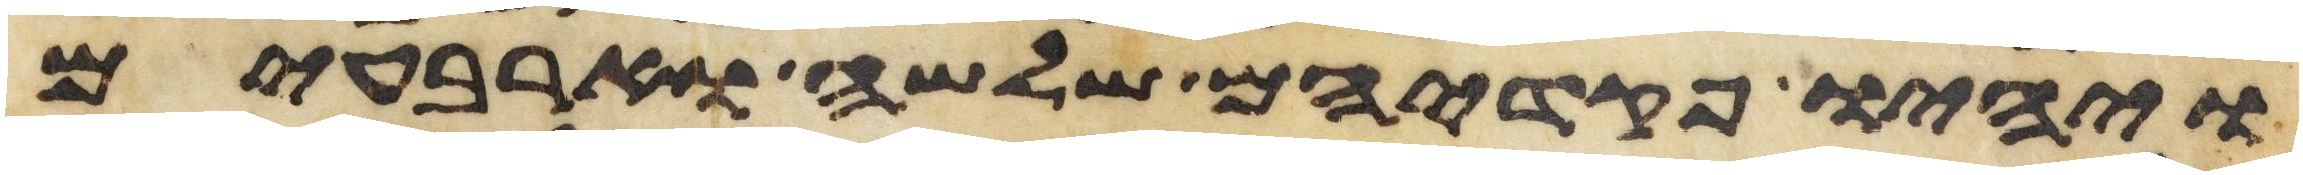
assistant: ויהיו פקדיהם שלשה וארבעים